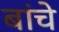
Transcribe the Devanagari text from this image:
बांचे